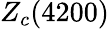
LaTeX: Z_{c}(4200)